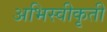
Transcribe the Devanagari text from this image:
अभिस्वीकृती